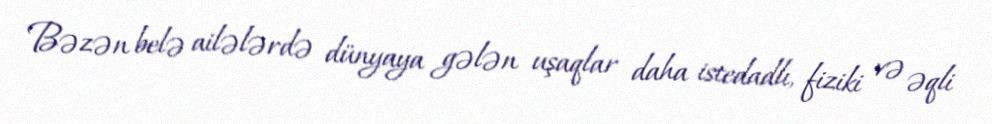
Bəzən belə ailələrdə dünyaya gələn uşaqlar daha istedadlı, fiziki və əqli